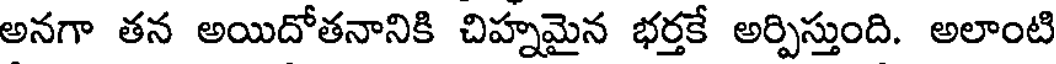
అనగా తన అయిదోతనానికి చిహ్నమైన భర్తకే అర్పిస్తుంది. అలాంటి